Report of the Bombay Veterinary College
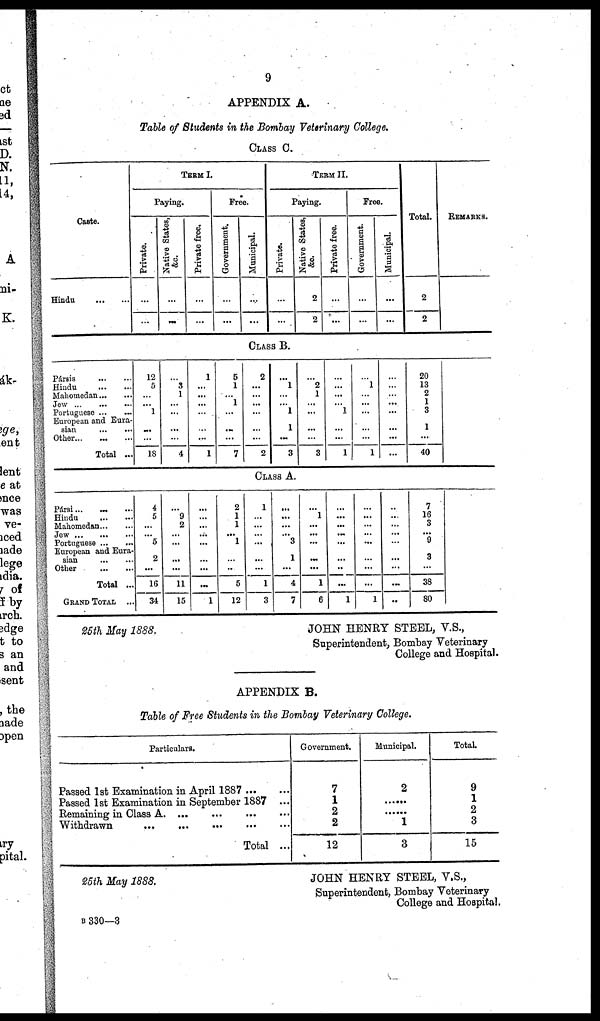
9
APPENDIX A.
Table of Students in the Bombay Veterinary College.
CLASS C.
Caste.
Hindu...
...
TERM I.
Paying.
Private.
...
...
Native States,
&c.
...
...
Private free.
...
...
Free.
...
...
Municipal.
...
...
TERM II.
Paying.
Private.
...
...
Native States,
&c.
2
2
Private free.
...
...
Free.
Government.
...
...
Municipal.
...
...
Total.
2
2
REMARKS.
CLASS B.
Pársis
...
...
Hindu
...
...
Mahomedan...
...
Jew ...
...
Portuguese ...
...
European and Eura-
sian
...
...
Other...
...
...
Total ...
12
5
...
...
1
...
...
18
..
3
1
...
...
...
...
4
1
...
...
...
...
...
...
1
5
1
...
1
...
...
...
7
2
...
...
...
...
...
...
2
...
1
...
...
1
1
...
3
...
2
1
...
...
...
...
3
...
...
...
...
1
...
...
1
...
1
...
...
...
...
...
1
...
...
...
...
...
...
...
...
20
13
2
1
3
1
...
40
CLASS A.
Pársi...
...
Hindu... ...
Mahomedan...
...
Jew...
...
Portuguese ... ...
European and Eura-
sian
...
...
Other
...
...
Total ...
GRAND TOTAL ...
4
5
...
... 5
2
16
34
... 9
2
...
...
...
11
15
...
...
...
...
...
...
...
1
2
1
1
1 ...
...
5
12
1
...
...
...
...
...
1
3
...
...
...
3
...
1
4
7
1
...
...
...
...
...
1
6
...
...
..
...
...
...
...
1
...
...
...
...
...
...
...
1
...
...
...
...
...
...
...
..
7
16
3
... 9
3
38
80
25th May
1888.
JOHN HENRY STEEL, V.S.,
Superintendent, Bombay Veterinary
College and Hospital.
APPENDIX B.
Table of Free Students in the Bombay Veterinary College.
Particulars.
Passed 1st Examination in April 1887
Passed 1st Examination in September 1887 ...
Remaining in Class A...
...
...
...
Withdrawn
...
...
...
...
...
Total ...
Government.
7
1
2
2
12
Municipal.
2
... ...
... ...
1
3
Total.
9
1
2
3
15
25th May
1888.
JOHN HENRY STEEL, V.S.,
Superintendent, Bombay Veterinary
College and Hospital.
B 330—3